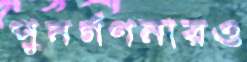
পুনর্গণনারও